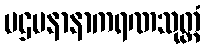
ပဌမနာနာကရဏသုတ္တံ